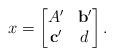
LaTeX: \begin{align*} x =\begin{bmatrix}A' & \mathbf{b}'\\\mathbf{c}' & d\end{bmatrix}.\end{align*}